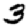
Digit: 3